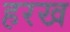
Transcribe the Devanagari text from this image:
हरख